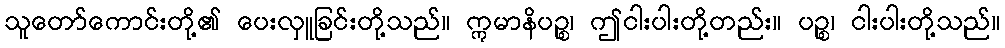
သူတော်ကောင်းတို့၏ ပေးလှူခြင်းတို့သည်။ ဣမာနိပဉ္စ၊ ဤငါးပါးတို့တည်း။ ပဉ္စ၊ ငါးပါးတို့သည်။